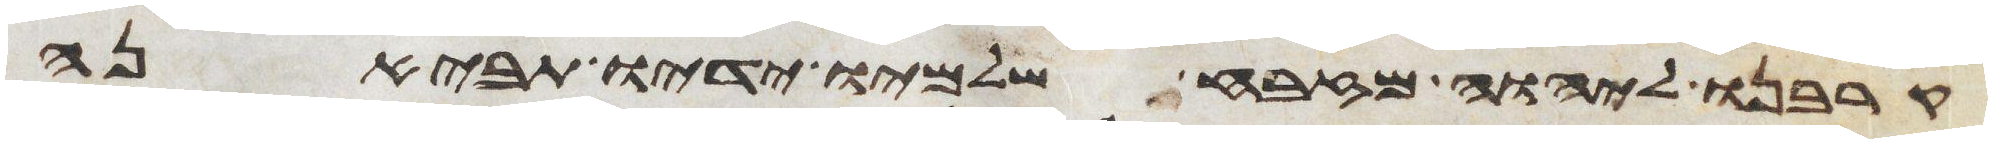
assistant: קרבנו ליהוה מזבח שלמיו ידיו תביאנה